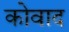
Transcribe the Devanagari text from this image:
कोवाद